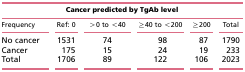
<table><thead><tr><td colspan="6"><b>Cancer predicted by TgAb level</b></td></tr><tr><td><b>Frequency</b></td><td><b>Ref: 0</b></td><td><b>&gt;0 to &lt;40</b></td><td><b>≥40 to &lt;200</b></td><td><b>≥200</b></td><td><b>Total</b></td></tr></thead><tbody><tr><td>No cancer</td><td>1531</td><td>74</td><td>98</td><td>87</td><td>1790</td></tr><tr><td>Cancer</td><td>175</td><td>15</td><td>24</td><td>19</td><td>233</td></tr><tr><td>Total</td><td>1706</td><td>89</td><td>122</td><td>106</td><td>2023</td></tr></tbody></table>